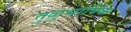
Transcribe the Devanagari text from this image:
तुळुभाषिक